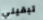
تبقيني